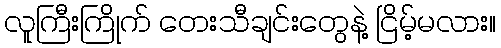
လူကြီးကြိုက် တေးသီချင်းတွေနဲ့ ငြိမ့်မလား။